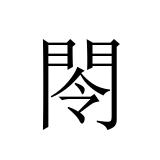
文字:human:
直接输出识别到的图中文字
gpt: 閝